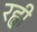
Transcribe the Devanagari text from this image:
रह्वी